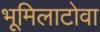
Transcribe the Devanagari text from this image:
भूमिलाटोवा